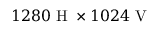
1 2 8 0 \mathrm { ~ H ~ } \times 1 0 2 4 \mathrm { ~ V ~ }